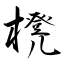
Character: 櫈